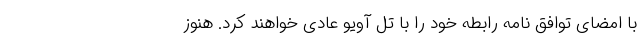
با امضای توافق نامه رابطه خود را با تل آویو عادی خواهند کرد. هنوز